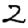
Digit: 2